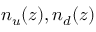
n _ { u } ( z ) , n _ { d } ( z )